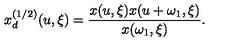
x _ { d } ^ { ( 1 / 2 ) } ( u , \xi ) = { \frac { x ( u , \xi ) x ( u + \omega _ { 1 } , \xi ) } { x ( \omega _ { 1 } , \xi ) } } .